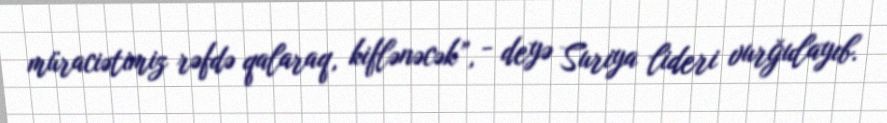
müraciətimiz rəfdə qalaraq, kiflənəcək”, - deyə Suriya lideri vurğulayıb.